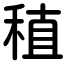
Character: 稙